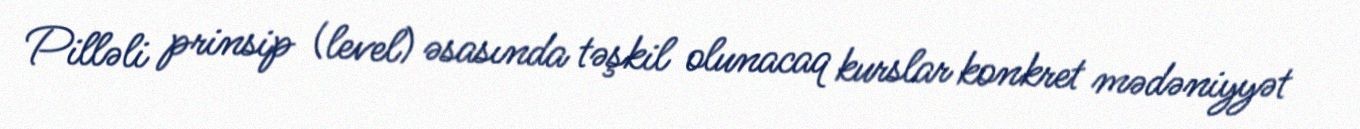
Pilləli prinsip (level) əsasında təşkil olunacaq kurslar konkret mədəniyyət